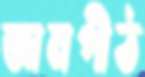
জ্ঞানপীঠ